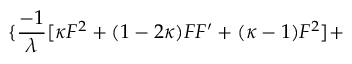
\{ \frac { - 1 } { \lambda } [ \kappa F ^ { 2 } + ( 1 - 2 \kappa ) F F ^ { \prime } + ( \kappa - 1 ) F ^ { 2 } ] +